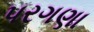
પરગણા